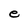
Character: e